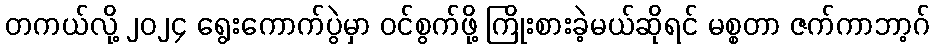
တကယ်လို့ ၂၀၂၄ ရွေးကောက်ပွဲမှာ ဝင်စွက်ဖို့ ကြိုးစားခဲ့မယ်ဆိုရင် မစ္စတာ ဇက်ကာဘာ့ဂ်